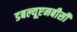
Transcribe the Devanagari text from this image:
डबल्यूएनबीसी